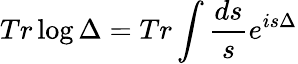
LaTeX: Tr\log\Delta=Tr\int\frac{ds}{s}e^{is\Delta}